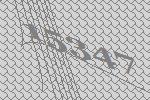
15347